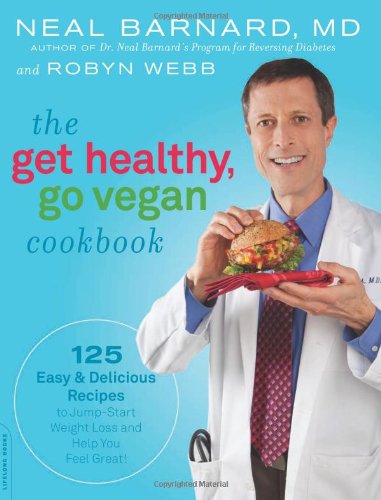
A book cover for The Get Healthy, Go Vegan Cookbook: 125 Easy and Delicious Recipes to Jump-Start Weight Loss and Help You Feel Great; Neal Barnard; Cookbooks, Food & Wine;